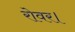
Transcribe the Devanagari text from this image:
रोवर।